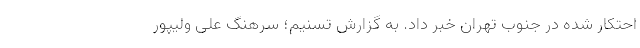
احتکار شده در جنوب تهران خبر داد. به گزارش تسنیم؛ سرهنگ علی ولیپور